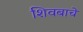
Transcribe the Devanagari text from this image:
शिवबाचे